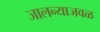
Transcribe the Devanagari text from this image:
जालन्याजवळ